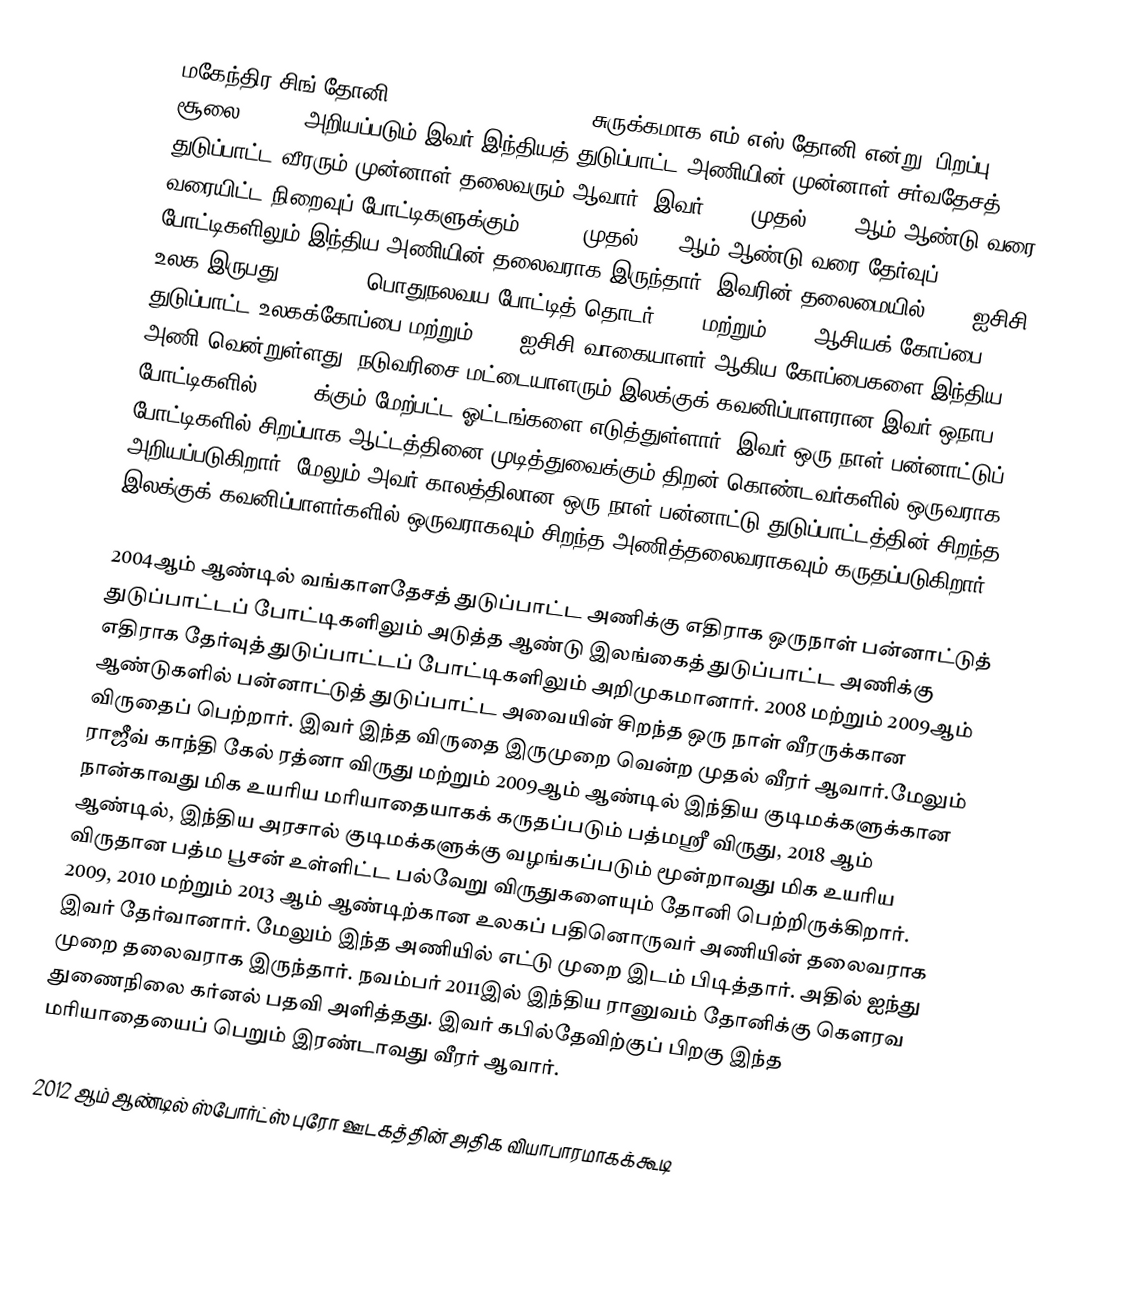
மகேந்திர சிங் தோனி (Mahendra Singh Dhoni), சுருக்கமாக எம் எஸ் தோனி என்று (பிறப்பு: 7 சூலை, 1981) அறியப்படும் இவர் இந்தியத் துடுப்பாட்ட அணியின் முன்னாள் சர்வதேசத் துடுப்பாட்ட வீரரும் முன்னாள் தலைவரும் ஆவார். இவர் 2007 முதல் 2016 ஆம் ஆண்டு வரை வரையிட்ட நிறைவுப் போட்டிகளுக்கும் , 2008 முதல் 2014ஆம் ஆண்டு வரை தேர்வுப் போட்டிகளிலும் இந்திய அணியின் தலைவராக இருந்தார். இவரின் தலைமையில் 2007 ஐசிசி உலக இருபது20 2007-08 பொதுநலவய போட்டித் தொடர், 2010மற்றும் 2016 ஆசியக் கோப்பை, 2011 துடுப்பாட்ட உலகக்கோப்பை மற்றும் 2013 ஐசிசி வாகையாளர் ஆகிய கோப்பைகளை இந்திய அணி வென்றுள்ளது. நடுவரிசை மட்டையாளரும் இலக்குக் கவனிப்பாளரான இவர் ஒநாப போட்டிகளில் 10,000க்கும் மேற்பட்ட ஓட்டங்களை எடுத்துள்ளார். இவர் ஒரு நாள் பன்னாட்டுப் போட்டிகளில் சிறப்பாக ஆட்டத்தினை முடித்துவைக்கும் திறன் கொண்டவர்களில் ஒருவராக அறியப்படுகிறார். மேலும் அவர் காலத்திலான ஒரு நாள் பன்னாட்டு துடுப்பாட்டத்தின் சிறந்த இலக்குக் கவனிப்பாளர்களில் ஒருவராகவும் சிறந்த அணித்தலைவராகவும் கருதப்படுகிறார்.

2004ஆம் ஆண்டில் வங்காளதேசத் துடுப்பாட்ட அணிக்கு எதிராக ஒருநாள் பன்னாட்டுத் துடுப்பாட்டப் போட்டிகளிலும் அடுத்த ஆண்டு இலங்கைத் துடுப்பாட்ட அணிக்கு எதிராக தேர்வுத் துடுப்பாட்டப் போட்டிகளிலும் அறிமுகமானார். 2008 மற்றும் 2009ஆம் ஆண்டுகளில் பன்னாட்டுத் துடுப்பாட்ட அவையின் சிறந்த ஒரு நாள்  வீரருக்கான விருதைப் பெற்றார். இவர் இந்த விருதை இருமுறை வென்ற முதல் வீரர் ஆவார்.மேலும் ராஜீவ் காந்தி கேல் ரத்னா விருது மற்றும் 2009ஆம் ஆண்டில் இந்திய குடிமக்களுக்கான நான்காவது மிக உயரிய மரியாதையாகக் கருதப்படும் பத்மஸ்ரீ விருது, 2018 ஆம் ஆண்டில், இந்திய அரசால் குடிமக்களுக்கு வழங்கப்படும் மூன்றாவது மிக உயரிய விருதான பத்ம பூசன் உள்ளிட்ட பல்வேறு விருதுகளையும் தோனி பெற்றிருக்கிறார். 2009, 2010 மற்றும் 2013 ஆம் ஆண்டிற்கான உலகப் பதினொருவர் அணியின் தலைவராக இவர் தேர்வானார். மேலும் இந்த அணியில் எட்டு முறை இடம் பிடித்தார். அதில் ஐந்து முறை தலைவராக இருந்தார். நவம்பர் 2011இல் இந்திய ரானுவம் தோனிக்கு கௌரவ துணைநிலை கர்னல் பதவி அளித்தது.  இவர் கபில்தேவிற்குப் பிறகு இந்த மரியாதையைப் பெறும் இரண்டாவது வீரர் ஆவார்.

2012 ஆம் ஆண்டில் ஸ்போர்ட்ஸ் புரோ ஊடகத்தின் அதிக வியாபாரமாகக்கூடி